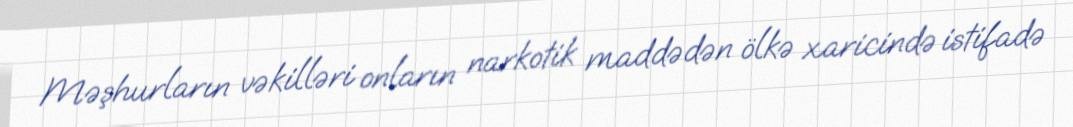
Məşhurların vəkilləri onların narkotik maddədən ölkə xaricində istifadə